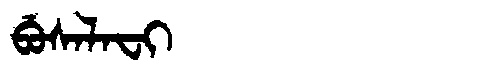
Manchu: ᠪᡠᠰᠠᠯᠠᠸᡳ
Romanization: BUSALAFI